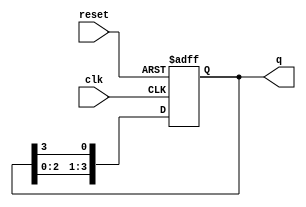
module binary_ring_counter (
    input wire clk,          // Clock input
    input wire reset,        // Asynchronous reset input
    output reg [N-1:0] q     // Counter output (N-bit wide)
);
    parameter N = 4;         // Number of flip-flops (states)

    // Always block triggered on the rising edge of the clock or when reset is activated
    always @(posedge clk or posedge reset) begin
        if (reset) begin
            // Initialize to the first state (0001)
            q <= 1'b1; // Set the first flip-flop to '1'
        end else begin
            // Shift the '1' to the next flip-flop
            q <= {q[N-2:0], q[N-1]}; // Circular shift
        end
    end
endmodule